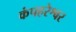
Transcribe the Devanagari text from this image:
कंपहरेश्वर